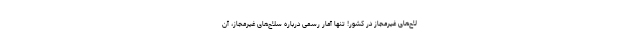
لاح‌های غیرمجاز در کشور! تنها آمار رسمی درباره سلاح‌های غیرمجاز، آن